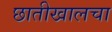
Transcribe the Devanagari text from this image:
छातीखालचा